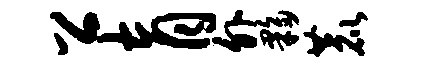
公育外夥鹿